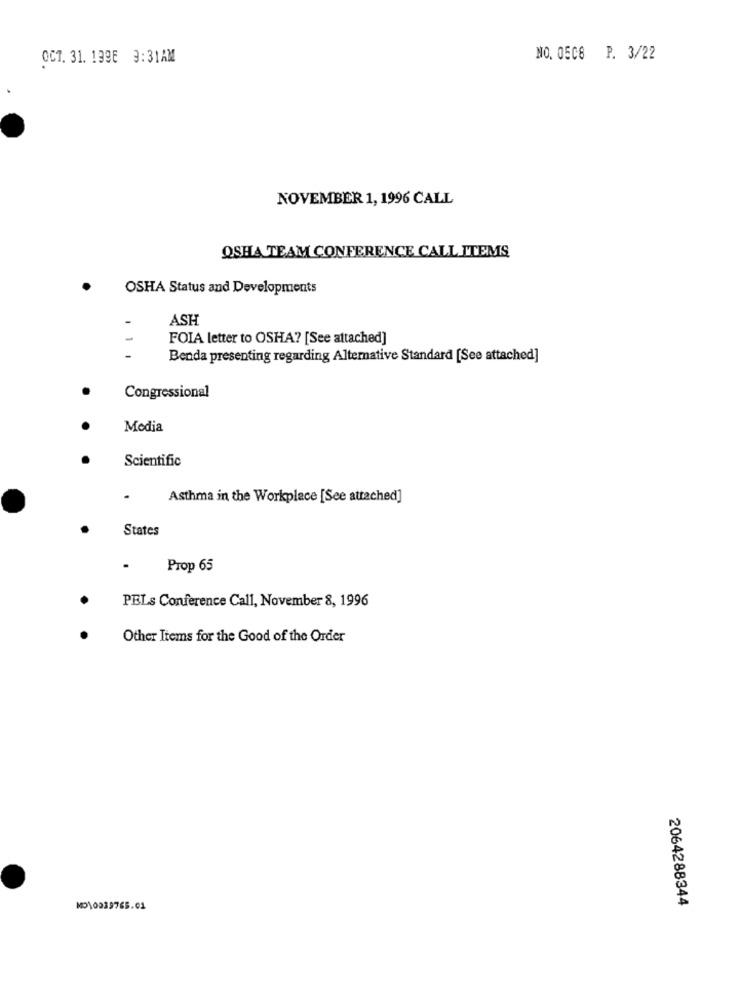
OCT. 31. 199E 3:31AM
NO. 0508 P. 3/22
NOVEMBER 1, 1996 CALL
OSHA TEAM CONFERENCE CALL ITEMS
OSHA Status and Developments
ASH
FOIA letter to OSHA? [See attached]
Benda presenting regarding Alternative Standard [See attached]
Congressional
Media
Scientific
Asthma in the Workplace [See attached]
States
Prop 65
PELs Conference Call, November 8, 1996
Other Items for the Good of the Order
2064288344
MO10039765.01